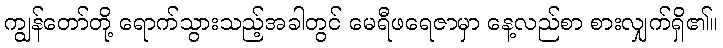
ကျွန်တော်တို့ ရောက်သွားသည့်အခါတွင် မေရီဖရေဇာမှာ နေ့လည်စာ စားလျှက်ရှိ၏။